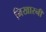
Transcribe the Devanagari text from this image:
निखारनी